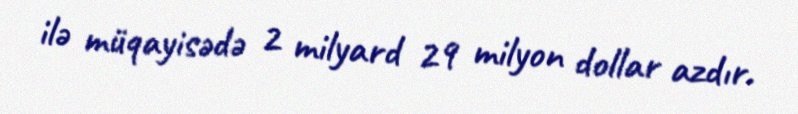
ilə müqayisədə 2 milyard 29 milyon dollar azdır.